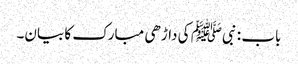
باب : نبیﷺ کی داڑھی مبارک کا بیان۔